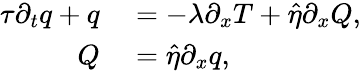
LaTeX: \begin{array}{rl}{\tau\partial_{t}q+q}&{{}=-\lambda\partial_{x}T+\hat{\eta}\partial_{x}Q,}\\ {Q}&{{}=\hat{\eta}\partial_{x}q,}\end{array}